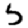
Digit: 5